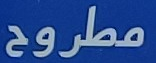
مطروح